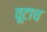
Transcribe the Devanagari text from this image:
वूटाच